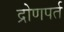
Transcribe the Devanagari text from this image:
द्रोणपर्त